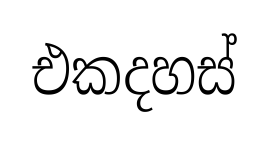
එකදහස්